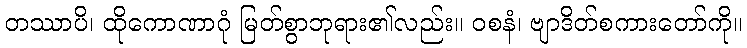
တဿာပိ၊ ထိုကောဏာဂုံ မြတ်စွာဘုရား၏လည်း။ ဝစနံ၊ ဗျာဒိတ်စကားတော်ကို။